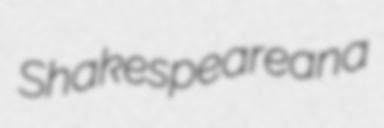
Shakespeareana